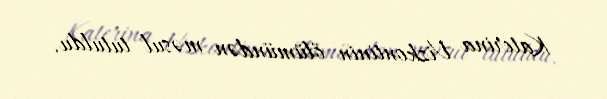
Katerina Vizkontinin ölümündən məsul tutuldu.